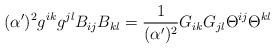
LaTeX: \begin{align*}(\alpha')^2 g^{ik} g^{jl} B_{ij} B_{kl} ={1\over (\alpha')^2} G_{ik} G_{jl} \Theta^{ij} \Theta^{kl}\end{align*}